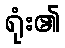
ရုံး၏